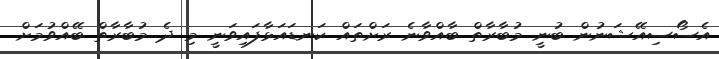
އެސޯސިއޭޝަނުން ބުނީ މުބާރާތް ބާއްވާނެ ރަށްތައް ކަނޑައަޅާފައިވަނީ މި ދެ މުބާރާތް ބޭއްވުމަށް